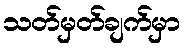
သတ်မှတ်ချက်မှာ